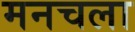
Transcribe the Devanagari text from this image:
मनचला